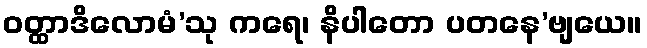
ဝတ္ထာဒိလောမံ’သု ကရေ၊ နိပါတော ပတနေ’ဗျယေ။